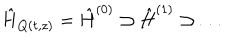
LaTeX: \hat { H } _ { Q ( t , z ) } = \hat { H } ^ { ( 0 ) } \supset \hat { H } ^ { ( 1 ) } \supset \ldots